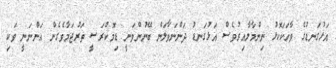
އަޅުގަނޑުގެ ވާހަކަކޮޅު ނިންމާލާއިރުވެސް އަޅުގަނޑު ދަންނަވާލަން ބޭނުންވަނީ ޑިމޮކްރަސީ ތަރުޖަމާވެގެން އަންނަނީ ވަކި